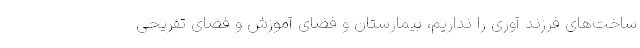
ساخت‌های فرزند آوری را نداریم، بیمارستان و فضای آموزش و فضای تفریحی